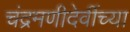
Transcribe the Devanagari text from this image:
चंद्रमणीदेवींच्या